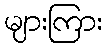
များကြား